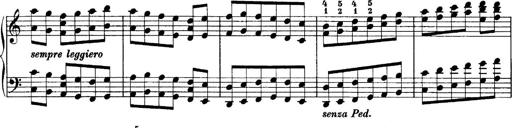
Title: Sonatina No.6
Composer: Ferruccio Busoni